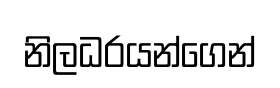
නිලධරයන්ගෙන්